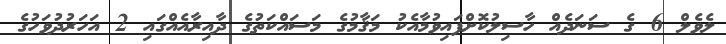
ލެވެލް 6 ގެ ސަނަދެއް ހާސިލުކޮށްފައިވުމާއެކު މަޤާމުގެ މަސައްކަތުގެ ދާއިރާއެއްގައި 2 އަހަރުދުވަހުގެ